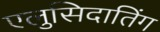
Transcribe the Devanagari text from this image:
एलुसिदातिंग